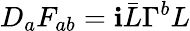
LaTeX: D_{a}F_{ab}=\mathbf{i}\bar{{L}}\Gamma^{b}L